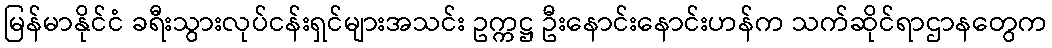
မြန်မာနိုင်ငံ ခရီးသွားလုပ်ငန်းရှင်များအသင်း ဥက္ကဋ္ဌ ဦးနောင်းနောင်းဟန်က သက်ဆိုင်ရာဌာနတွေက